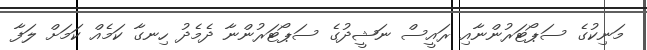
މަނިކުގެ ސަޕޯޓަރުންނާއި ރައީސް ނަޝީދުގެ ސަޕޯޓަރުންނާ ދެމެދު ހިނގާ ކަމެއް ކަމަށް ލަފާ